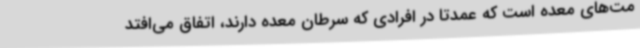
مت‌های معده است که عمدتاً در افرادی که سرطان معده دارند، اتفاق می‌افتد